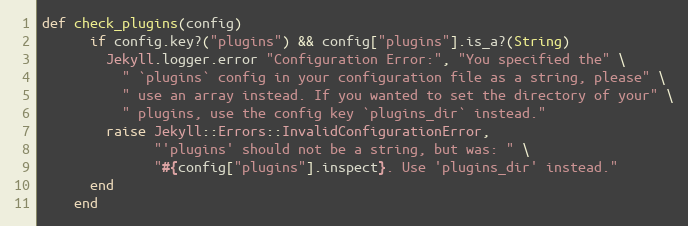
Language: Ruby
def check_plugins(config)
      if config.key?("plugins") && config["plugins"].is_a?(String)
        Jekyll.logger.error "Configuration Error:", "You specified the" \
          " `plugins` config in your configuration file as a string, please" \
          " use an array instead. If you wanted to set the directory of your" \
          " plugins, use the config key `plugins_dir` instead."
        raise Jekyll::Errors::InvalidConfigurationError,
              "'plugins' should not be a string, but was: " \
              "#{config["plugins"].inspect}. Use 'plugins_dir' instead."
      end
    end